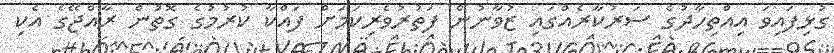
ގުޅިފައިވަ އިއްތިހާދުގެ ސަރުކާރެއްގައި ޒުވާނުން ފަތުރުވެރިކަމަށް ފައްކާ ކުރުމުގެ ގޮތުން ރާއްޖޭގެ އެކި